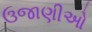
ઉજાણીઓ